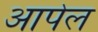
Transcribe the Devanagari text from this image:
आपेल